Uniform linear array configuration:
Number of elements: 32
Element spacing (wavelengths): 0.25
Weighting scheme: uniform
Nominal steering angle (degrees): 60
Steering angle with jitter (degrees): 60.586
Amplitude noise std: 0.05
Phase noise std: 0.05

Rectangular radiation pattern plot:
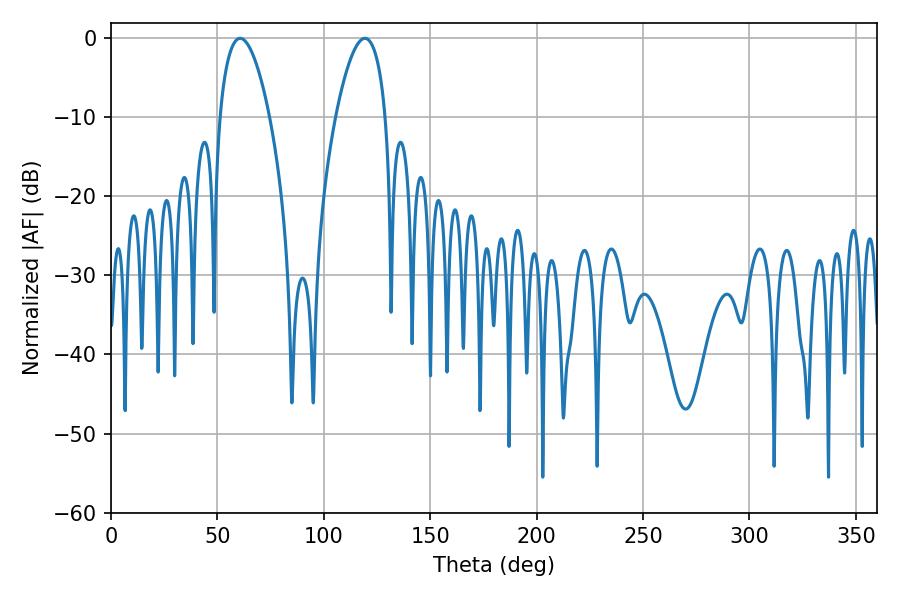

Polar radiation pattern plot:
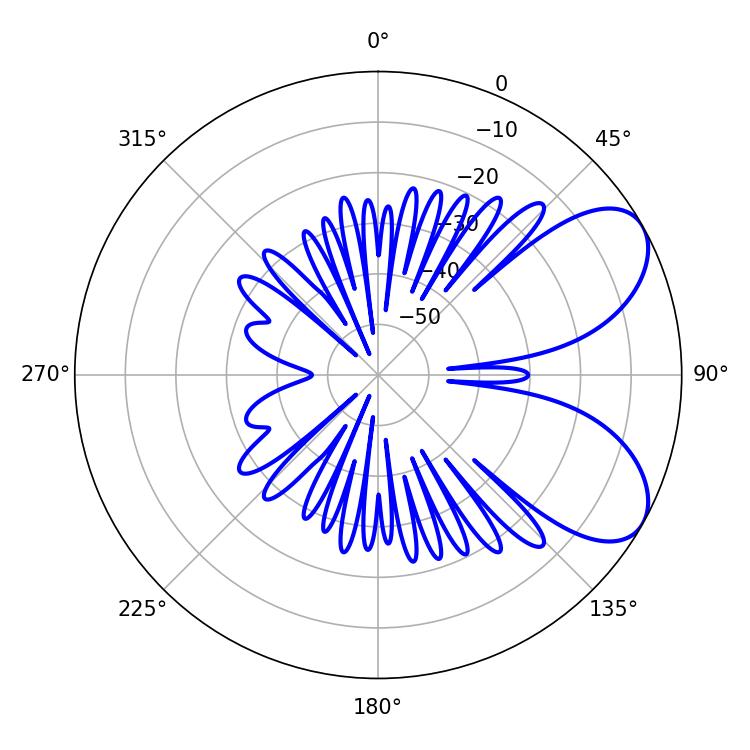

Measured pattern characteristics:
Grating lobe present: FALSE
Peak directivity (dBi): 6.67
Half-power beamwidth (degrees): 12.96
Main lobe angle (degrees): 60.66